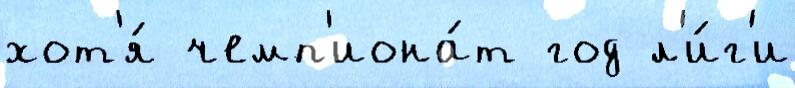
хот'я́ чемп'иона́т год л'и́г'и